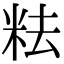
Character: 𥹓